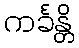
ကင်္ခန္တိ